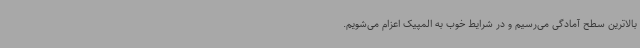
بالاترین سطح آمادگی می‌رسیم و در شرایط خوب به المپیک اعزام می‌شویم.